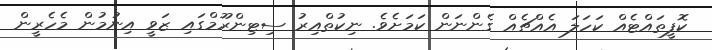
ކޮފީތައްޓެއް ކަހަލަ އެއްޗެއް ގެންނަން ކަމަށެވެ. ނިކުތްއިރު ސިޓިންރޫމްގައި ޒަވީ އިނުމުން މެހެރީން